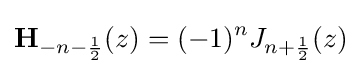
\mathbf {H} _{-n-{\frac {1}{2}}}(z)=(-1)^{n}J_{n+{\frac {1}{2}}}(z)